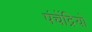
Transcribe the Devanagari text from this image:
पंचेंद्रियों